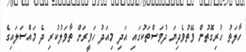
ހާލަތު ހުރިގޮތުން ވޭތުވެދިޔަ ދުވަސްތަކުގައި އަދި މިއަދު ހަވީރަށް ތާވަލުކުރި ދެ މައްސަލައިގެ